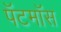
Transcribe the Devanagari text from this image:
पॅटमॉस